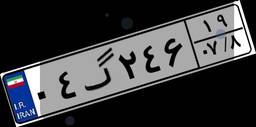
۷۶گ۰۲۶۴۰